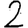
Digit: 2